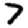
Digit: 7